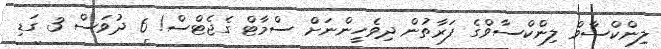
ލިންކްސާވް ލިންކްސާވްގެ ފަރާތުން ދިވެހީންނަށް ސްމާޓް ގެޖެޓްސް! 6 ދުވަސް 3 ގަޑި